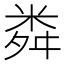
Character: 粦